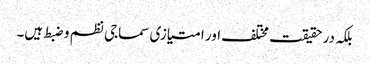
بلکہ در حقیقت مختلف اور امتیازی سماجی نظم و ضبط ہیں۔